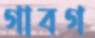
গাবগ